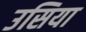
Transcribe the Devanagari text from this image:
उसिया